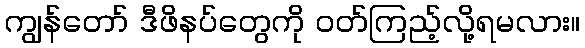
ကျွန်တော် ဒီဖိနပ်တွေကို ဝတ်ကြည့်လို့ရမလား။